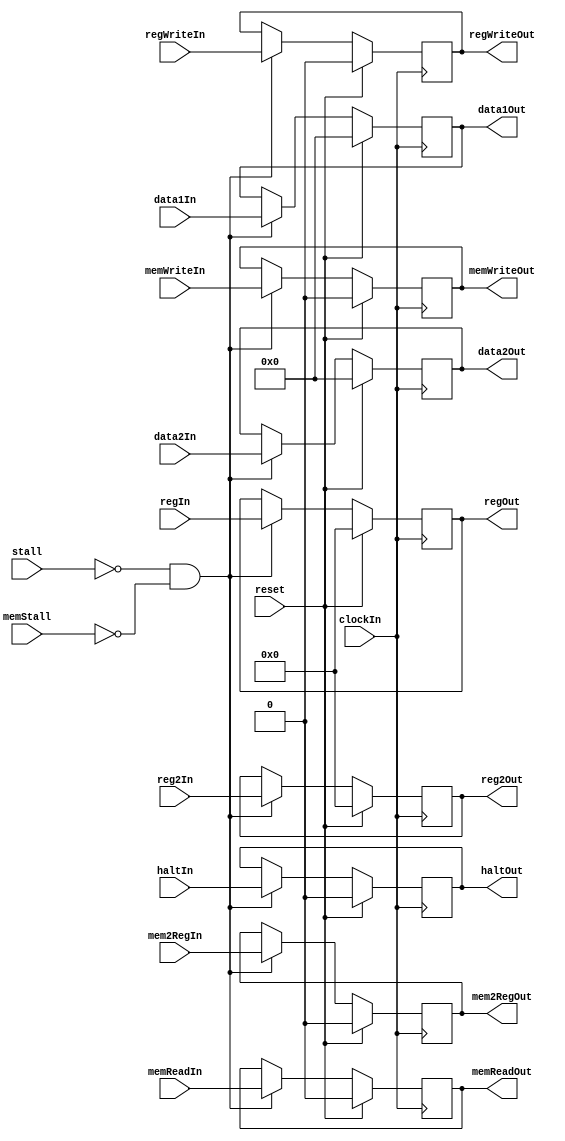
module exmmBuf(
              clockIn,
              reset,
              stall,
              haltIn,
              haltOut,
              regWriteIn,
              mem2RegIn,
              memReadIn,
              memWriteIn,
              data1In,
              data2In,
              regIn,
              regWriteOut,
              mem2RegOut,
              memReadOut,
              memWriteOut,
              data1Out,
              data2Out,
              regOut,
              reg2In,
              reg2Out,
              memStall
              );
input haltIn;
output reg haltOut;

input clockIn;
input reset;
input stall;
input regWriteIn;
input mem2RegIn;
input memWriteIn;
input memReadIn;
input [31:0] data1In;
input [31:0] data2In;
input [4:0] regIn;
input [4:0] reg2In;

output reg regWriteOut;
output reg mem2RegOut;
output reg memWriteOut;
output reg memReadOut;
output reg [31:0] data1Out;
output reg [31:0] data2Out;
output reg [4:0] regOut;
output reg [4:0] reg2Out;

input memStall;

always @(posedge clockIn)
if (reset)
begin
  regWriteOut <= 0;
  mem2RegOut <= 0;
  memWriteOut <= 0;
  memReadOut <= 0;
  data1Out <= 0;
  data2Out <= 0;
  regOut <= 0;
  reg2Out <= 0;
  haltOut <= 0;
end
else if (~stall && ~memStall)
begin
  haltOut <= haltIn;
  regWriteOut <= regWriteIn;
  mem2RegOut <= mem2RegIn;
  memWriteOut <= memWriteIn;
  memReadOut <= memReadIn;
  data1Out <= data1In;
  data2Out <= data2In;
  regOut <= regIn;
  reg2Out <= reg2In;
  
end

//always @(posedge clockIn)
//haltOut <= haltIn;

endmodule